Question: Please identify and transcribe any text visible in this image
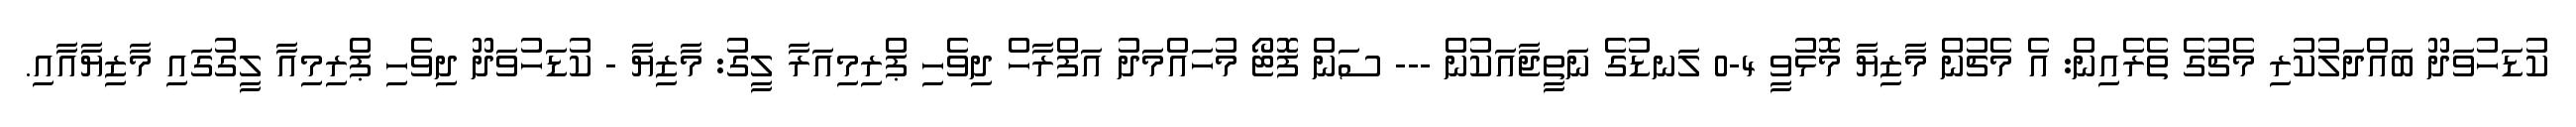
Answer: ކުޑަހުވަދޫ ބައްދަލުކުރި މެޗުގެ ތެރެއިން: އެ މެޗުން މާޒިޔާ މޮޅުވީ 4-0 ލަނޑުގެ ނަތީޖާއަކުން --- ސަން ފޮޓޯ މުހައްމަދު އަފްރާހް ދިވެހި ޕްރިމިއަރާ ލީގު: މާޒިޔާ - ކުޑަހުވަދޫ ދިވެހި ޕްރިމިއާ ލީގުގައި މާޒިޔާއާއި.